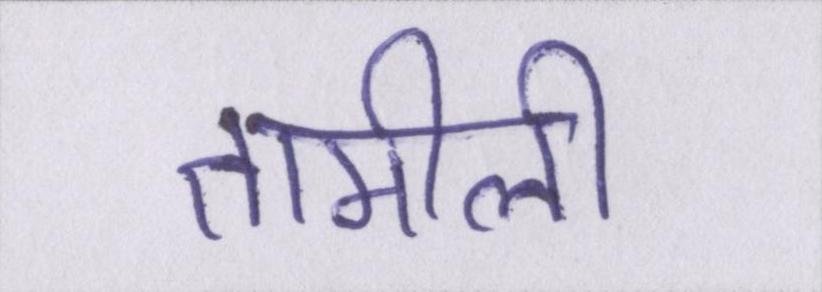
तामीली